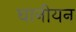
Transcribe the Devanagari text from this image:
घानीयन